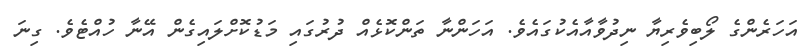
އަހަރެންގެ ލޯބިވެރިޔާ ނިދުވާއާއެކުގައެވެ. އަހަންނާ ތަންކޮޅެއް ދުރުގައި މަޑުކޮށްލައިގެން އޭނާ ހުއްޓެވެ. ގިނަ